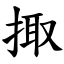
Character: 掫